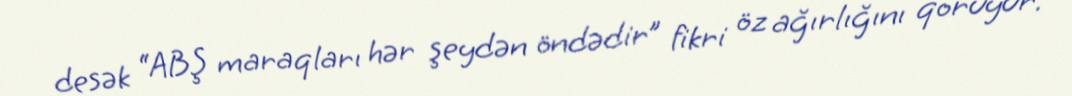
desək “ABŞ maraqları hər şeydən öndədir” fikri öz ağırlığını qoruyur.